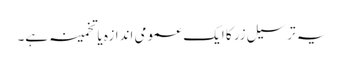
یہ ترسیل زر کا ایک عمومی اندازہ یا تخمینہ ہے۔